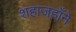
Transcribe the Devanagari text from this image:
शहाजहाँने